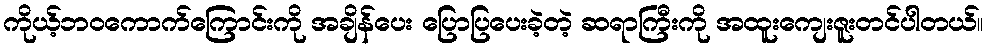
ကိုယ့်ဘဝကောက်ကြောင်းကို အချိန်ပေး ပြောပြပေးခဲ့တဲ့ ဆရာကြီးကို အထူးကျေးဇူးတင်ပါတယ်။